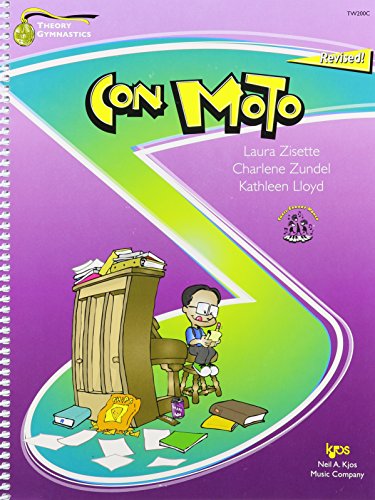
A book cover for TW200C - Theory Gymnastics - Con Moto Level C Revised; Laura Zisette; Sports & Outdoors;